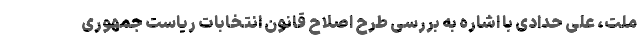
ملت، علی حدادی با اشاره به بررسی طرح اصلاح قانون انتخابات ریاست جمهوری